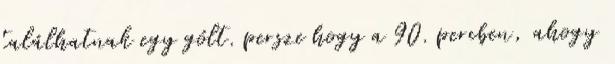
találhatnak egy gólt. persze hogy a 90. percben, ahogy